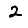
Digit: 2